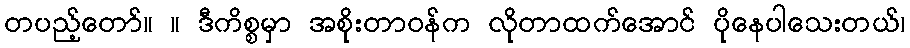
တပည့်တော်။ ။ ဒီကိစ္စမှာ အစိုးတာဝန်က လိုတာထက်အောင် ပိုနေပါသေးတယ်၊